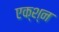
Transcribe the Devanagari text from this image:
एक्श्‍न